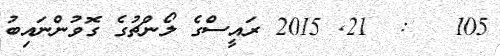
105   :  21